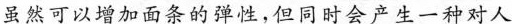
虽然可以增加面条的弹性，但同时会产生一种对人